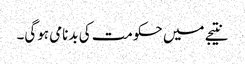
نتیجے میں حکومت کی بدنامی ہوگی۔